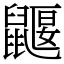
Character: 鼴